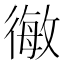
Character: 𭛿